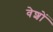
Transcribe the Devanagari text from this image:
वेशों